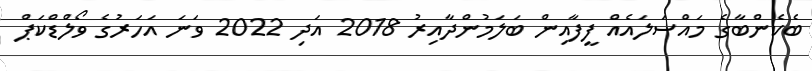
ބެކެންބާގެ މައްސަލައެއް ފީފާއިން ބަލަމުންދާއިރު 2018 އަދި 2022 ވަނަ އަހަރުގެ ވޯލްޑްކަޕް